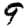
Digit: 9